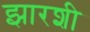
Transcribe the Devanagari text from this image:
झारशी